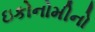
ઇકોનોમીનો